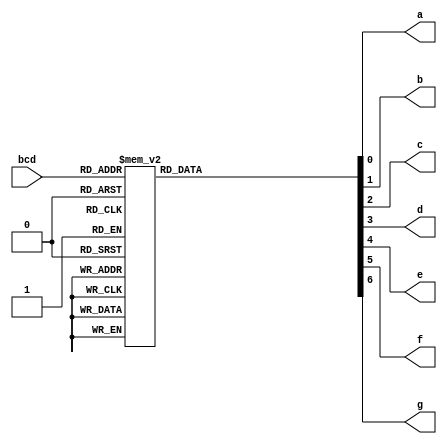
/******************************************************************
* Description
*	This is a BCD to 7 segments implemented with a table
*	1.0
* Author:
*	Diego Eduardo Reyna Cruz
* Date:
*	07/07/2020
******************************************************************/
module BCD_to_7Seg_Table(
	// Input Ports
	input [3:0] bcd,
	
	// Output Ports
   output a,b,c,d,e,f,g // segments[6]-> a, segments[0]->g
);	 

reg [6:0] segments; // abcdefg

always@(*) begin
	case(bcd)
		4'b0000: segments = 'b1000000; //0
		4'b0001: segments = 'b1111001; //1
		4'b0010: segments = 'b0100100; //2
		4'b0011: segments = 'b0110000; //3
		4'b0100: segments = 'b0011001; //4
		4'b0101: segments = 'b0010010; //5
		4'b0110: segments = 'b0000010; //6
		4'b0111: segments = 'b1111000; //7
		4'b1000: segments = 'b0000000; //8
		4'b1001: segments = 'b0011000; //9
		4'b1010: segments = 'b0001000; //A
		4'b1011: segments = 'b0000011; //B
		4'b1100: segments = 'b1000110; //C
		4'b1101: segments = 'b0100001; //F
		4'b1110: segments = 'b0000110; //E
		4'b1111: segments = 'b0001110; //F
		default: segments = 'b1111111;
	endcase
end

assign a = segments[0];
assign b = segments[1];
assign c = segments[2];
assign d = segments[3];
assign e = segments[4];
assign f = segments[5];
assign g = segments[6];
					
endmodule